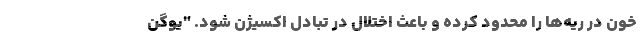
خون در ریه‌ها را محدود کرده و باعث اختلال در تبادل اکسیژن شود. "یوگن